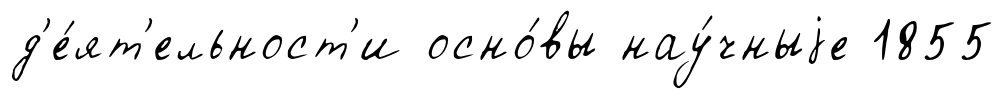
д'е́ят'ельност'и осно́вы нау́чныjе 1855